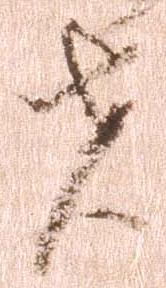
者